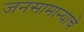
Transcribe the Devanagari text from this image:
जनसामान्याचे